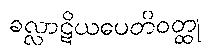
ခလ္လာဋိယပေတိဝတ္ထု